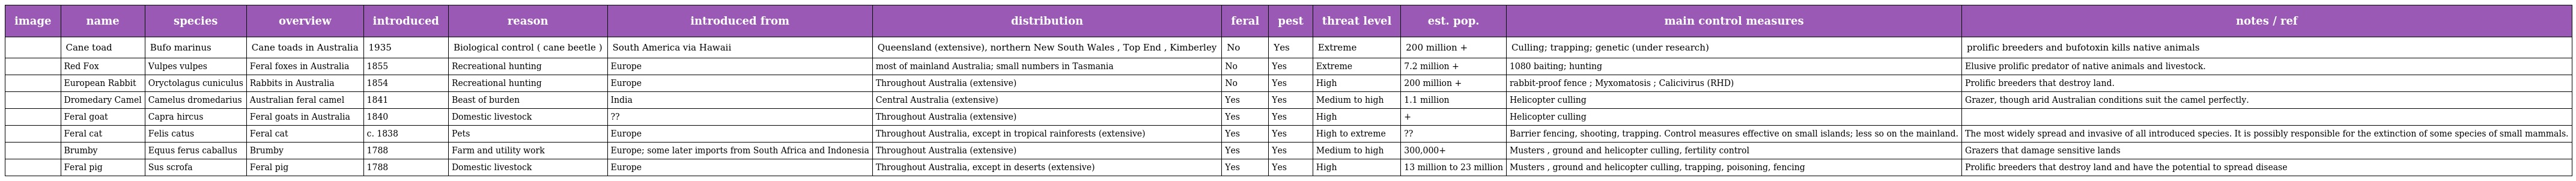
| image | name | species | overview | introduced | reason | introduced from | distribution | feral | pest | threat level | est. pop. | main control measures | notes / ref |
 | --- | --- | --- | --- | --- | --- | --- | --- | --- | --- | --- | --- | --- | --- |
 |  | Cane toad | Bufo marinus | Cane toads in Australia | 1935 | Biological control ( cane beetle ) | South America via Hawaii | Queensland (extensive), northern New South Wales , Top End , Kimberley | No | Yes | Extreme | 200 million + | Culling; trapping; genetic (under research) | prolific breeders and bufotoxin kills native animals |
 |  | Red Fox | Vulpes vulpes | Feral foxes in Australia | 1855 | Recreational hunting | Europe | most of mainland Australia; small numbers in Tasmania | No | Yes | Extreme | 7.2 million + | 1080 baiting; hunting | Elusive prolific predator of native animals and livestock. |
 |  | European Rabbit | Oryctolagus cuniculus | Rabbits in Australia | 1854 | Recreational hunting | Europe | Throughout Australia (extensive) | No | Yes | High | 200 million + | rabbit-proof fence ; Myxomatosis ; Calicivirus (RHD) | Prolific breeders that destroy land. |
 |  | Dromedary Camel | Camelus dromedarius | Australian feral camel | 1841 | Beast of burden | India | Central Australia (extensive) | Yes | Yes | Medium to high | 1.1 million | Helicopter culling | Grazer, though arid Australian conditions suit the camel perfectly. |
 |  | Feral goat | Capra hircus | Feral goats in Australia | 1840 | Domestic livestock | ?? | Throughout Australia (extensive) | Yes | Yes | High | + | Helicopter culling |  |
 |  | Feral cat | Felis catus | Feral cat | c. 1838 | Pets | Europe | Throughout Australia, except in tropical rainforests (extensive) | Yes | Yes | High to extreme | ?? | Barrier fencing, shooting, trapping. Control measures effective on small islands; less so on the mainland. | The most widely spread and invasive of all introduced species. It is possibly responsible for the extinction of some species of small mammals. |
 |  | Brumby | Equus ferus caballus | Brumby | 1788 | Farm and utility work | Europe; some later imports from South Africa and Indonesia | Throughout Australia (extensive) | Yes | Yes | Medium to high | 300,000+ | Musters , ground and helicopter culling, fertility control | Grazers that damage sensitive lands |
 |  | Feral pig | Sus scrofa | Feral pig | 1788 | Domestic livestock | Europe | Throughout Australia, except in deserts (extensive) | Yes | Yes | High | 13 million to 23 million | Musters , ground and helicopter culling, trapping, poisoning, fencing | Prolific breeders that destroy land and have the potential to spread disease |